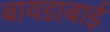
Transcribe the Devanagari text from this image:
बायडाबाई